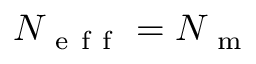
N _ { \mathrm { ~ e ~ f ~ f ~ } } = N _ { \mathrm { ~ m ~ } }